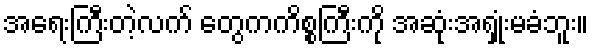
အရေးကြီးတဲ့လက် တွေကကိစ္စကြီးကို အဆုံးအရှုံးမခံဘူး။